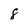
Character: 8